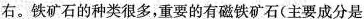
右。铁矿石的种类很多，重要的有磁铁矿石(主要成分是